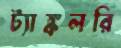
ট্যাঙ্কলরি